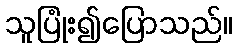
သူပြုံး၍ပြောသည်။